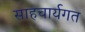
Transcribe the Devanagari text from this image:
साहचार्यगत